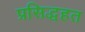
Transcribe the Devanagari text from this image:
प्रसिद्धहत